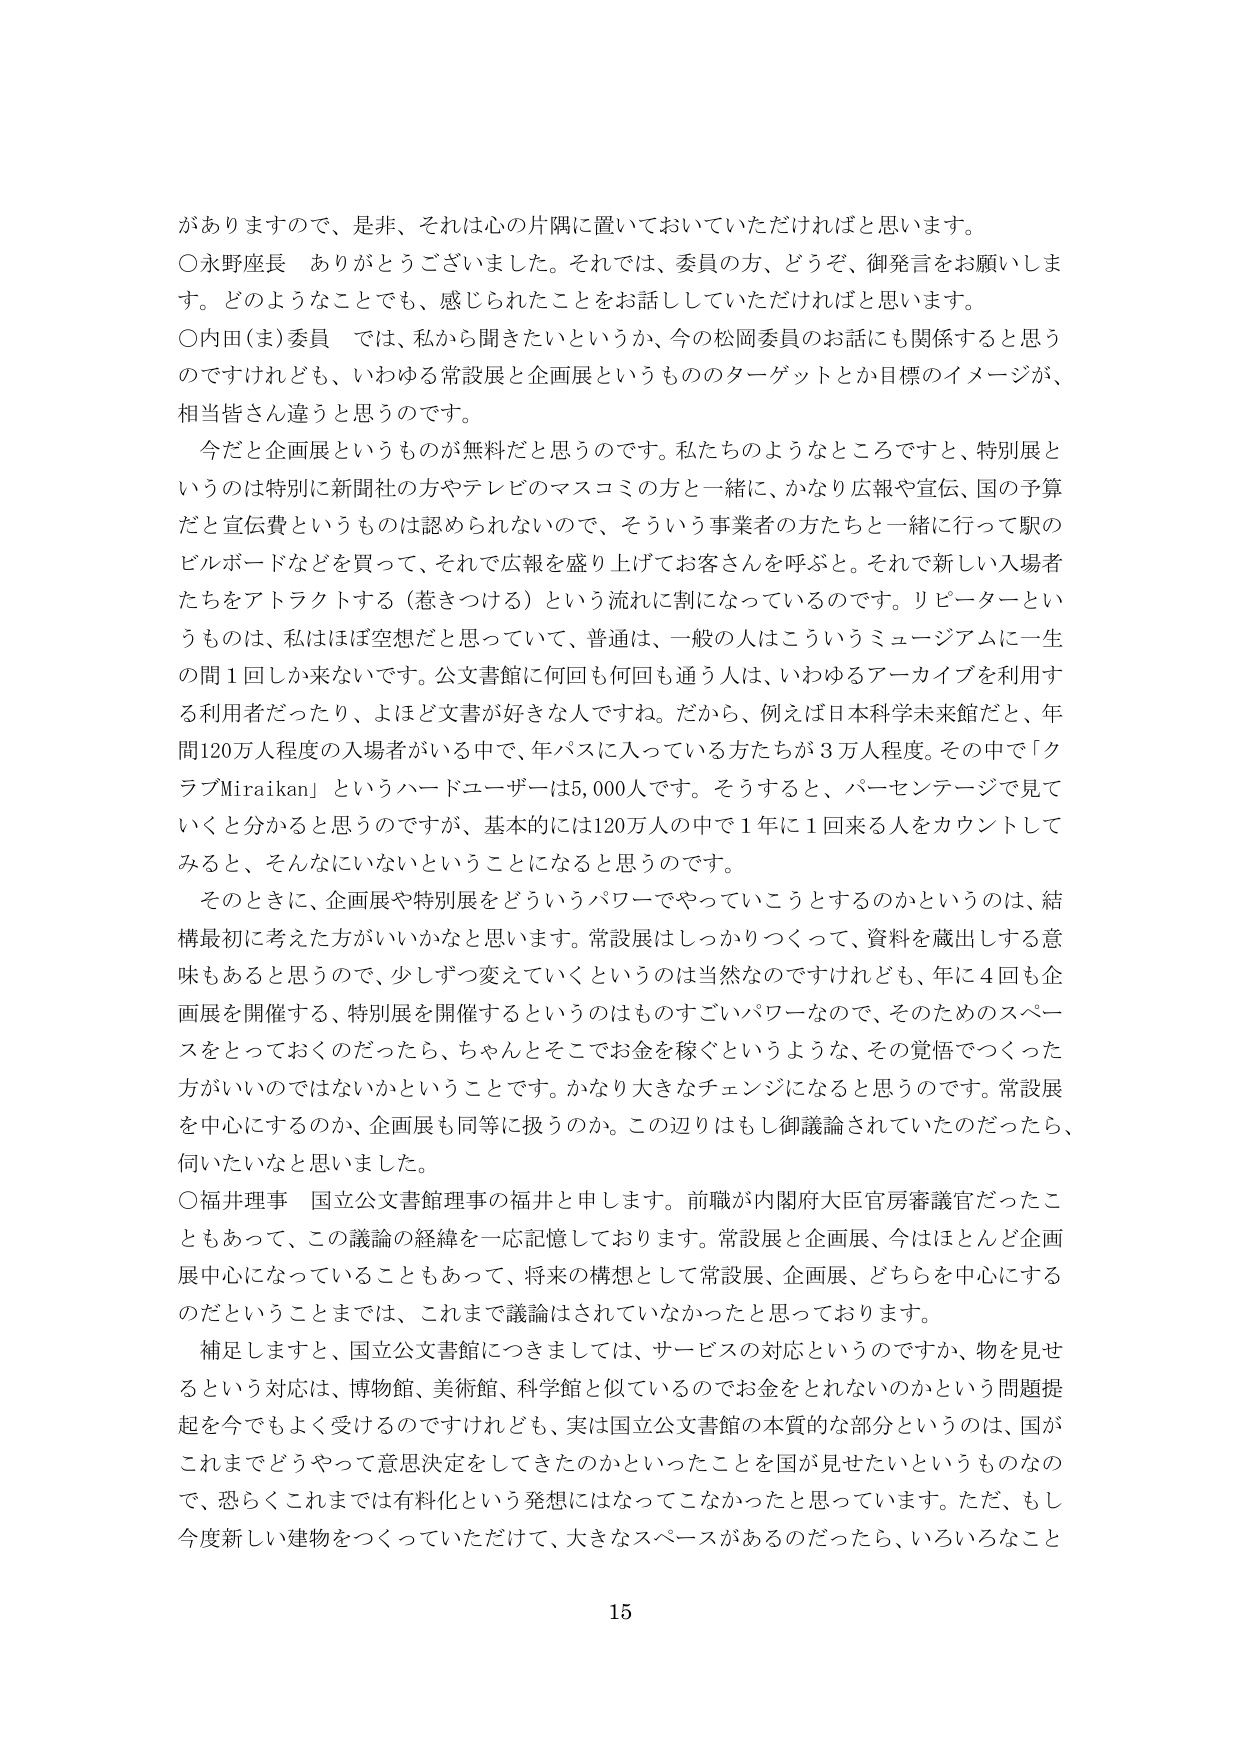
がありますので、是非、それは心の片隅に置いておいていただければと思います。
○水野座長　ありがとうございました。それでは、委員の方、どうぞ、御発言をお願いします。どのようなことでも、感じられたことをお話していただければと思います。
○内田（ま）委員　では、私から聞きたいというか、今の松岡委員のお話にも関係すると思うのですけれども、いわゆる常設展と企画展というもののターゲットとか目標のイメージが、相当皆さん違うと思うのです。
　今だと企画展というものが無料だと思うのです。私たちのようなところですと、特別展というのは特別に新聞社の方やテレビのマスコミの方と一緒に、かなり広報や宣伝、国の予算だと宣伝費というものは認められないのです、そういう事業者の方たちと一緒にやって駅のビルボードなどを買って、それで広報を盛り上げてお客さんを呼ぶと。それで新しい入場者たちをアトラクトする（惹きつける）という流れに割になっているのです。リピーターというものは、私はほぼ空想だと思っていて、普通は、一般の人はこういうミュージアムに一生の間１回しか来ないのです。公文書館に何回も何回も通う人は、いわゆるアーカイブを利用する利用者だったり、よほど文書が好きな人ですね。だから、例えば日本科学未来館だと、年間120万人程度の入場者がいる中で、年パスに入っている方たちが３万人程度。その中で「クラブMiraikan」というハードユーザーは5,000人です。そうすると、パーセンテージで見ていくと分かると思うのですが、基本的には120万人の中で１年に１回来る人をカウントしてみると、そんなにいないということになると思うのです。
　そのときに、企画展や特別展をどういうパワーでやっていこうとするのかというのは、結構最初に考えた方がいいかなと思います。常設展はしっかりつくって、資料を蔵出しする意味もあると思うので、少しずつ変えていくというのは当然なのですが、年に４回も企画展を開催する、特別展を開催するというのはものすごいパワーなので、そのためのスペースをとっておくのだったら、ちゃんとそこでお金を稼ぐというような、その覚悟でつくった方がいいのではないかなということです。かなり大きなチェンジになると思うのです。常設展を中心にするのか、企画展も同等に扱うのか。この辺りはもし御議論されていたのだったら、伺いたいなと思いました。
○福井理事　国立公文書館理事の福井と申します。前職が内閣府大臣官房審議官だったこともあって、この議論の経緯を一応記憶しております。常設展と企画展、今はほとんど企画展中心になっていることもあって、将来の構想として常設展、企画展、どちらを中心にするのだということまでは、これまで議論はされていなかったと思っております。
　補足しますと、国立公文書館につきましては、サービスの対応というのですか、物を見せるという対応は、博物館、美術館、科学館と似ているのでお金をとれないのかという問題提起を今でもよく受けるのですけれども、実は国立公文書館の本質的な部分というのは、国がこれまでどうやって意思決定をしてきたのかといったことを国が見せたいというものなので、恐らくこれまでは有料化という発想にはなってこなかったと思っています。ただ、もし今度新しい建物をつくっていただいて、大きなスペースがあるのだったら、いろいろなこと
15